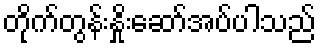
တိုက်တွန်းနှိုးဆော်အပ်ပါသည်